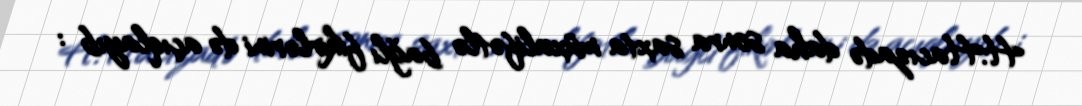
H.Hacızadə daha sonra saxta müxalifətlə bağlı fikirlərini də açıqlayıb :